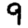
Digit: 9